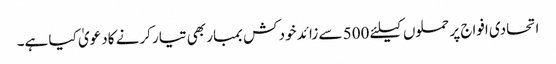
اتحادی افواج پر حملوں کیلئے 500 سے زائد خود کش بمبار بھی تیار کرنے کادعویٰ کیا ہے۔